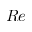
R e